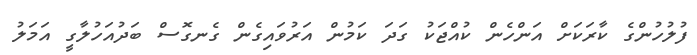
ފުލުހުންގެ ކާރަކަށް އަންހެން ކުއްޖަކު ގަދަ ކަމުން އަރުވައިގެން ގެނގޮސް ބަދުއަހުލާގީ އަމަލު